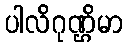
ပါလိဂုဏ္ဌိမာ